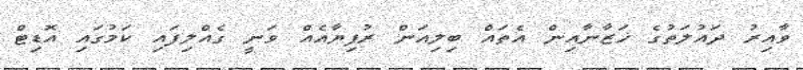
ވާއިރު ދައުލަތުގެ ޚަޒާނާއިން އެތައް ބިލިއަން ރުފިޔާއެއް ވަނީ ގެއްލިފައި ކަމުގައި އޮޑިޓް